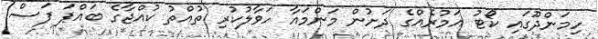
ހިމަންދޫގައި ކޯޓު އަމުރެއްގެ ދަށުން މަންމައާ ހަވާލުކުރި ތުއްތު ކުއްޖާގެ ބައްޕަ ފަސް